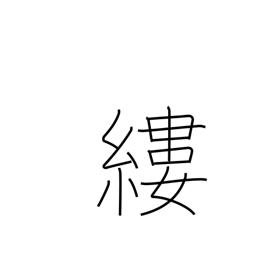
Meaning: thread